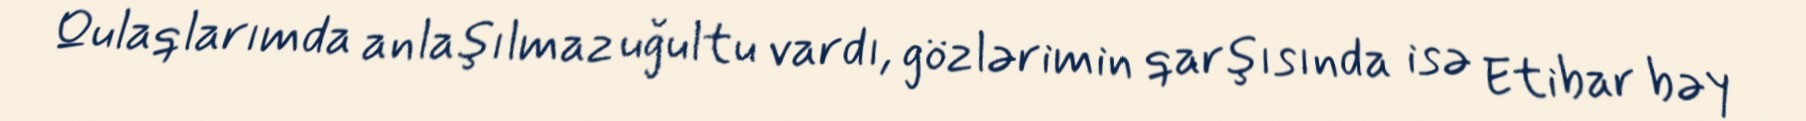
Qulaqlarımda anlaşılmaz uğultu vardı, gözlərimin qarşısında isə Etibar bəy